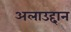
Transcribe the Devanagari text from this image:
अलाउद्दान